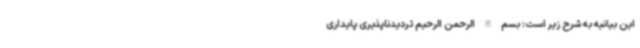
این بیانیه به شرح زیر است: بسم الله الرحمن الرحیم تردیدناپذیری پایداری